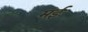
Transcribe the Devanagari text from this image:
मईः